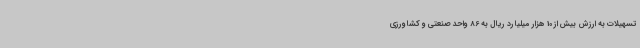
تسهیلات به ارزش بیش از 10 هزار میلیارد ریال به 86 واحد صنعتی و کشاورزی